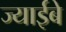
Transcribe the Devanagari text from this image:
ज्याईबे